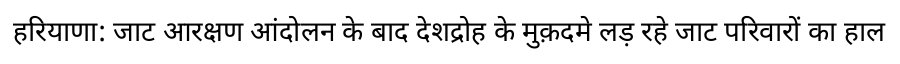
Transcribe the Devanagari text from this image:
हरियाणा: जाट आरक्षण आंदोलन के बाद देशद्रोह के मुक़दमे लड़ रहे जाट परिवारों का हाल